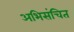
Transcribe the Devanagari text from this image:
अभिसंचित